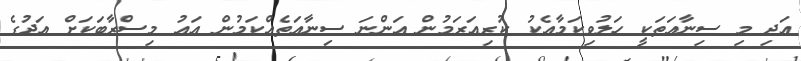
އަދި މި ސިނާޢަތަކީ ހަލުވިކަމާއެކު ކުރިއަރަމުން އަންނަ ސިނާޢަތެއްކަމުން އައު މިސްރާބަކަށް އަދުގެ